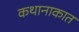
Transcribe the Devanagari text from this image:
कथानाकात